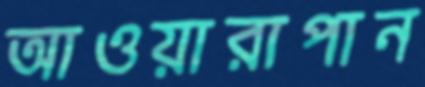
আওয়ারাপান